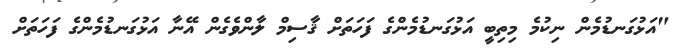
"އަޅުގަނޑުމެން ނިކުމެ މިތިބީ އަޅުގަނޑުމެންގެ ފަހަތަށް ޤާސިމް ލާންވެގެން އޭނާ އަޅުގަނޑުމެންގެ ފަހަތަށް